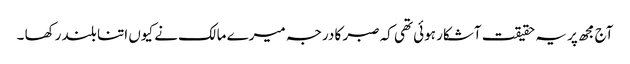
آج مجھ پر یہ حقیقت آشکار ہوئی تھی کہ صبر کا درجہ میرے مالک نے کیوں اتنا بلند رکھا ۔